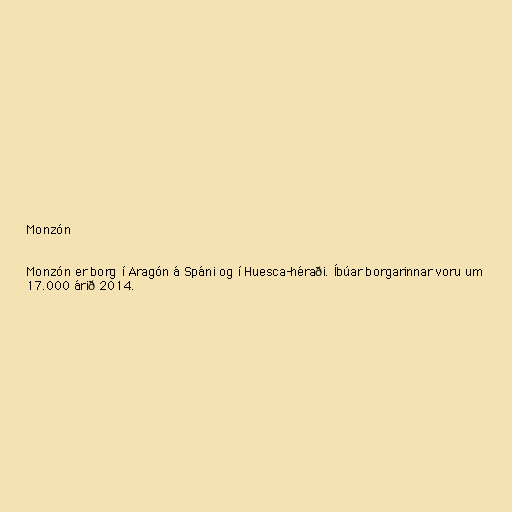
Monzón

Monzón er borg í Aragón á Spáni og í Huesca-héraði. Íbúar borgarinnar voru um
17.000 árið 2014.